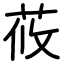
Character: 莜